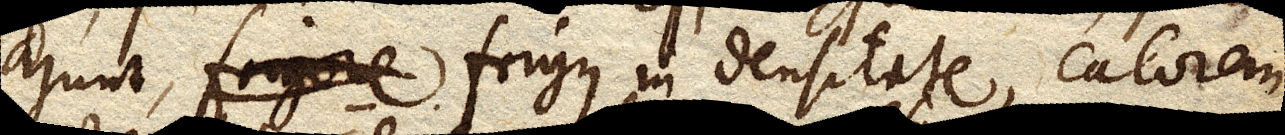
ajunt, frigus in densitate, calorem